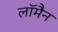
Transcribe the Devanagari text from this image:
लॉमैन